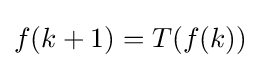
f(k+1)=T(f(k))